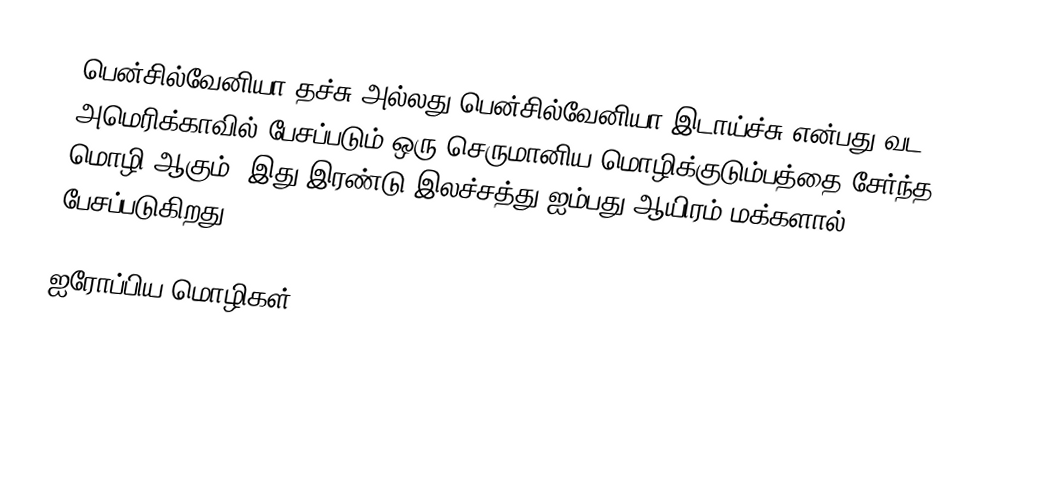
பென்சில்வேனியா தச்சு அல்லது பென்சில்வேனியா இடாய்ச்சு என்பது வட அமெரிக்காவில் பேசப்படும் ஒரு செருமானிய மொழிக்குடும்பத்தை சேர்ந்த மொழி ஆகும். இது இரண்டு இலச்சத்து ஐம்பது ஆயிரம் மக்களால் பேசப்படுகிறது.

ஐரோப்பிய மொழிகள்